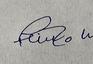
Signature authenticity: forged